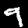
Digit: 9